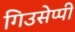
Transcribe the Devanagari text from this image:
गिउसेप्पी